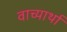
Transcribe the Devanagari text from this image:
वाच्यार्था